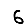
Digit: 6